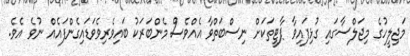
މަޖިލީހުގެ މިޖަލްސާގައި ގުޅިފައިވާ ޕާޓީތަކަށް ނިސްބަތްވާ އެއްވެސް މެންބަރަކު ބައިވެރިވެވަޑައިގެންފައެއް ނުވެ އެވެ.